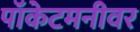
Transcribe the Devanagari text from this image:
पॉकेटमनीवर